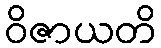
ဝိဇာယတိ